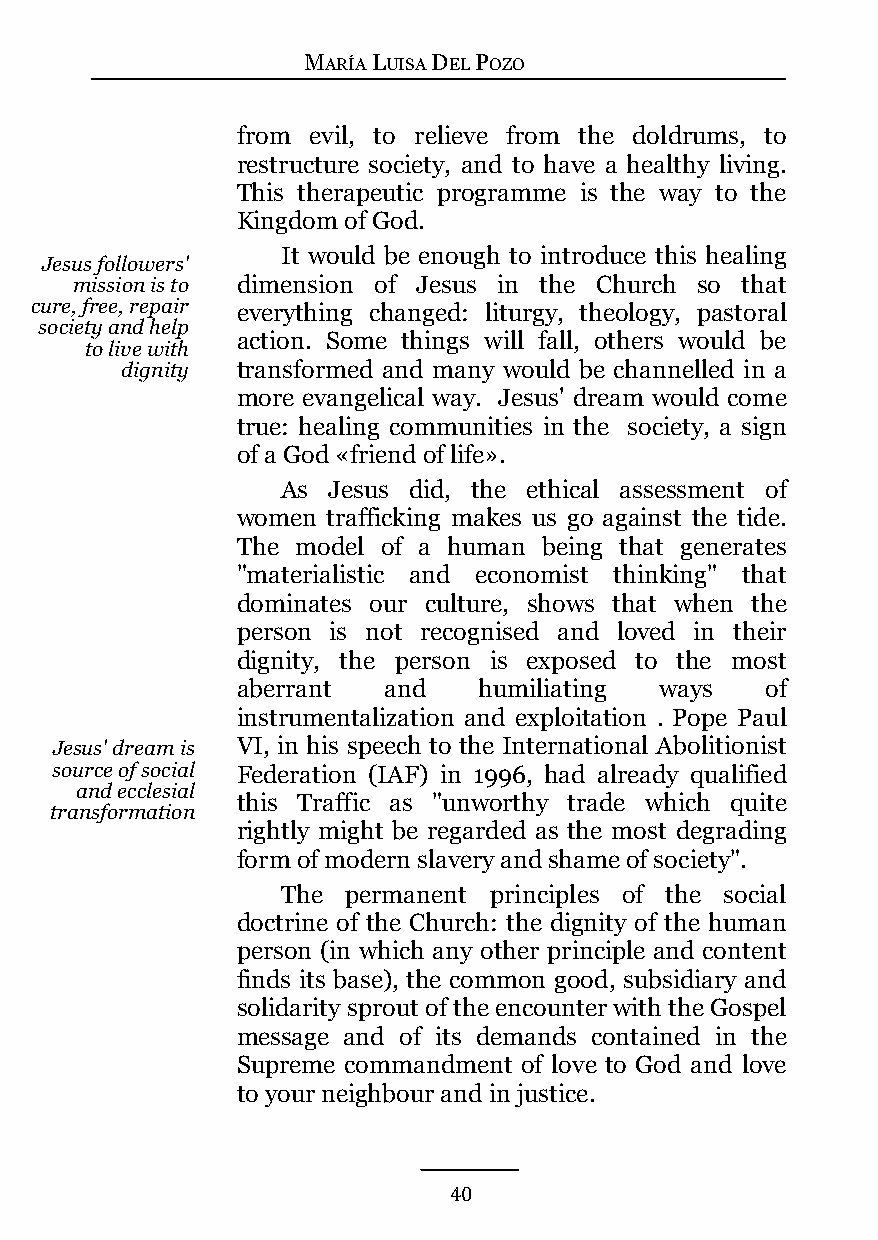
MARÍA LUISA DEL POZO
 from evil, to relieve from the doldrums, to
 restructure society, and to have a healthy living.
 This therapeutic programme is the way to the
 Kingdom of God.
 It would be enough to introduce this healing
 Jesus followers'
 mission is to dimension of Jesus in the Church so that
 cure, free, repair everything changed: liturgy, theology, pastoral
 society and help
 action. Some things will fall, others would be
 to live with
 dignity transformed and many would be channelled in a
 more evangelical way. Jesus' dream would come
 true: healing communities in the society, a sign
 of a God «friend of life».
 As Jesus did, the ethical assessment of
 women trafficking makes us go against the tide.
 The model of a human being that generates
 "materialistic and economist thinking" that
 dominates our culture, shows that when the
 person is not recognised and loved in their
 dignity, the person is exposed to the most
 aberrant and    humiliating ways   of
 instrumentalization and exploitation . Pope Paul
 Jesus' dream is VI, in his speech to the International Abolitionist
 source of social Federation (IAF) in 1996, had already qualified
 and ecclesial
 this Traffic as "unworthy trade which quite
 transformation
 rightly might be regarded as the most degrading
 form of modern slavery and shame of society".
 The permanent principles of the social
 doctrine of the Church: the dignity of the human
 person (in which any other principle and content
 finds its base), the common good, subsidiary and
 solidarity sprout of the encounter with the Gospel
 message and of its demands contained in the
 Supreme commandment of love to God and love
 to your neighbour and in justice.
 40